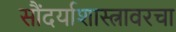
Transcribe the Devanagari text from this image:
सौंदर्याशास्त्रावरचा